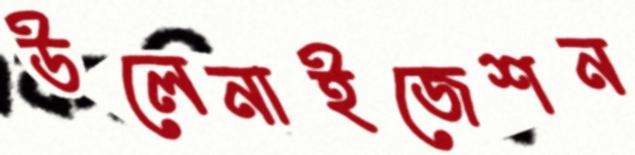
উলেনাইজেশন